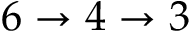
6 \rightarrow 4 \rightarrow 3